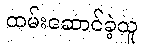
ထမ်းဆောင်ခဲ့သူ